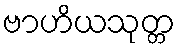
ဗာဟိယသုတ္တ